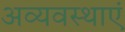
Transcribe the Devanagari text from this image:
अव्यवस्थाएं